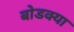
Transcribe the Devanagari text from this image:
बोडक्या